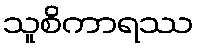
သူစိကာရဿ